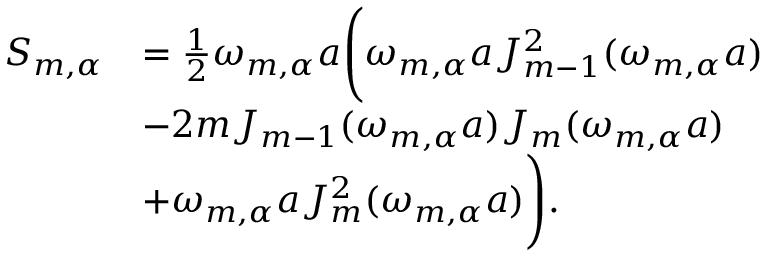
\begin{array} { r l } { S _ { m , \alpha } } & { = \frac { 1 } { 2 } \omega _ { m , \alpha } a \Bigg ( \omega _ { m , \alpha } a J _ { m - 1 } ^ { 2 } ( \omega _ { m , \alpha } a ) } \\ & { - 2 m J _ { m - 1 } ( \omega _ { m , \alpha } a ) J _ { m } ( \omega _ { m , \alpha } a ) } \\ & { + \omega _ { m , \alpha } a J _ { m } ^ { 2 } ( \omega _ { m , \alpha } a ) \Bigg ) . } \end{array}